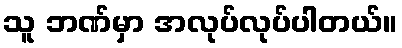
သူ ဘဏ်မှာ အလုပ်လုပ်ပါတယ်။